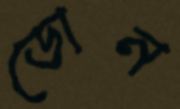
ডোন